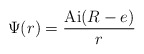
\begin{align*}\Psi (r) = {{{\rm Ai}(R-e)} \over r}\end{align*}